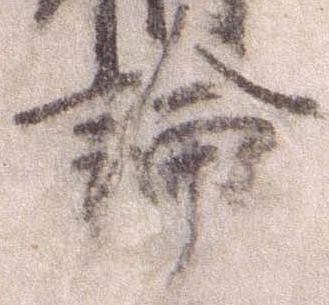
論